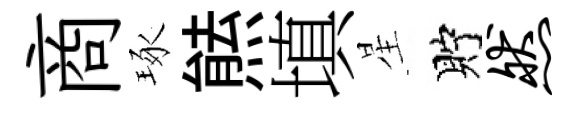
商琢㷱填星貯然